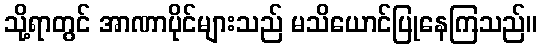
သို့ရာတွင် အာဏာပိုင်များသည် မသိယောင်ပြုနေကြသည်။